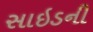
સાઇડની